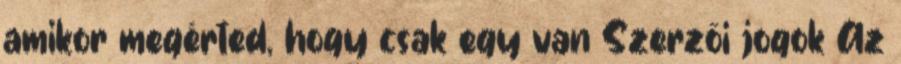
amikor megérted, hogy csak egy van Szerzői jogok Az